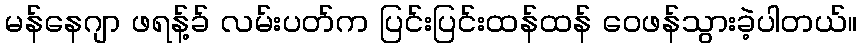
မန်နေဂျာ ဖရန့်ခ် လမ်းပတ်က ပြင်းပြင်းထန်ထန် ဝေဖန်သွားခဲ့ပါတယ်။